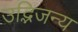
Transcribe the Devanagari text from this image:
उद्भिजन्य